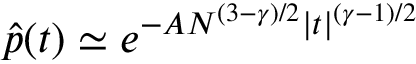
\hat { p } ( t ) \simeq e ^ { - A N ^ { ( 3 - \gamma ) / 2 } | t | ^ { ( \gamma - 1 ) / 2 } }